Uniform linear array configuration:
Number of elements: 48
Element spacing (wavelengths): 0.5
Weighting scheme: uniform
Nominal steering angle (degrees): -30
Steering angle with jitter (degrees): -29.915
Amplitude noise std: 0.05
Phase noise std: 0.05

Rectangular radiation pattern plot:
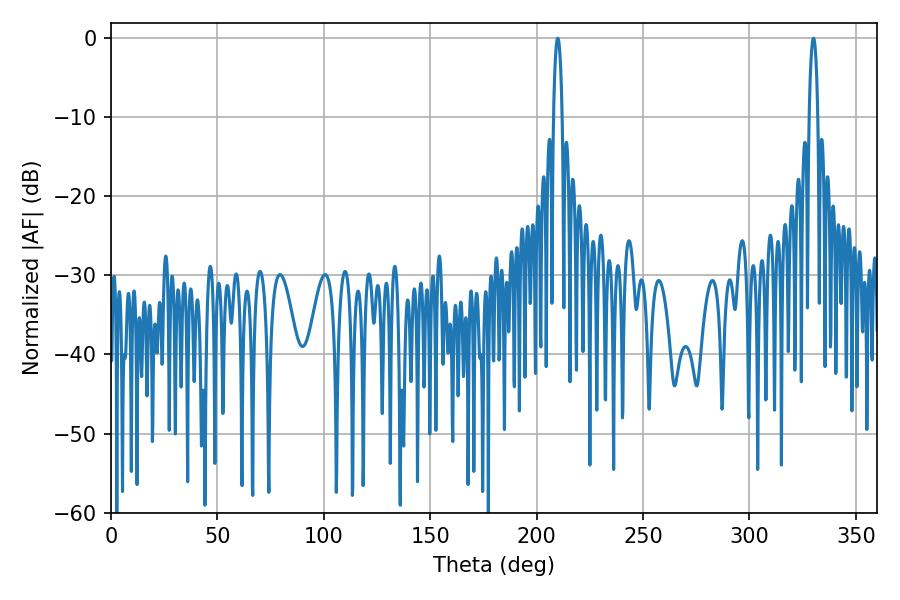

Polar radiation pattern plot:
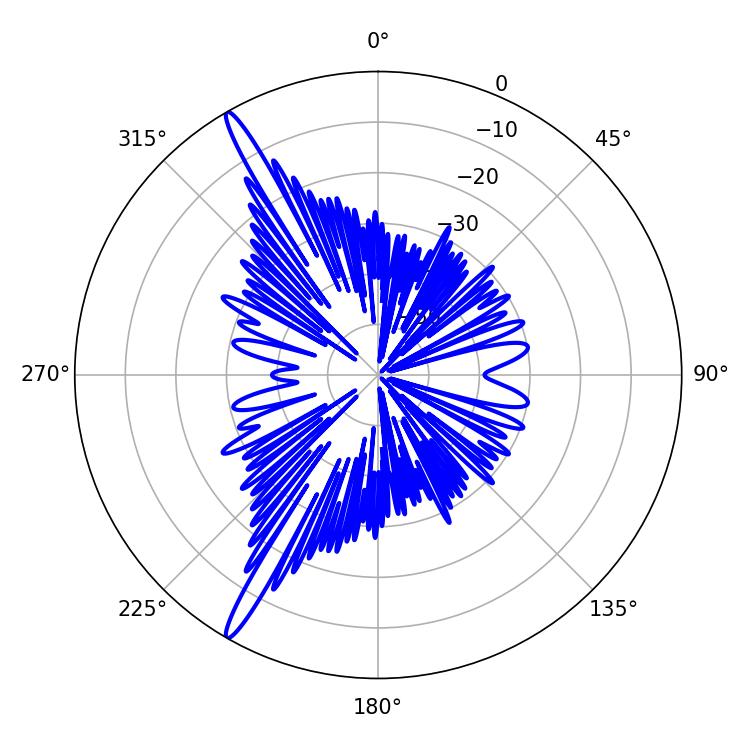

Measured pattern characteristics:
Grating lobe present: FALSE
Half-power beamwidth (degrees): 2.34
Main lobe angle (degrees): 209.88